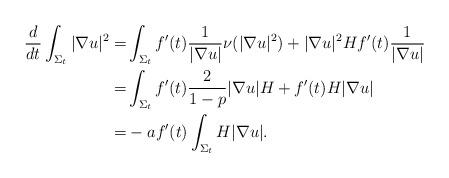
LaTeX: \begin{align*}\frac{d}{d t} \int_{\Sigma_t} |\nabla u|^2=& \int_{\Sigma_t} f'(t) \frac{1}{|\nabla u|} \nu (|\nabla u|^2)+ |\nabla u|^2 H f'(t) \frac{1}{|\nabla u|} \\=& \int_{\Sigma_t} f'(t) \frac{2}{1 - p} |\nabla u| H + f'(t) H |\nabla u| \\=& - af'(t) \int_{\Sigma_t} H |\nabla u|.\end{align*}